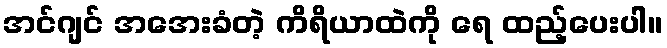
အင်ဂျင် အအေးခံတဲ့ ကိရိယာထဲကို ရေ ထည့်ပေးပါ။